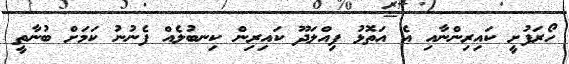
ހޯރަފުށީ ކައިރިންނާއި އެ އަތޮޅު ފިއްލަދޫ ކައިރިން ކިނބުލެއް ފެނުނު ކަމަށް ބުނާތީ